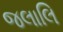
જલાલિ